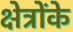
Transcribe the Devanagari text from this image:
क्षेत्रोंके